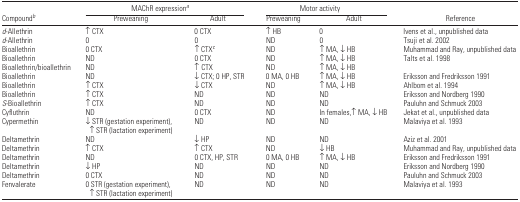
|  | <COLSPAN=2> MAChR expressiona | <COLSPAN=2> Motor activity |  |
 | Compoundb | Preweaning | Adult | Preweaning | Adult | Reference |
 | --- | --- | --- | --- | --- | --- |
 | d-Allethrin | ↑CTX | 0 CTX | ↑HB | 0 | Ivens et al., unpublished data |
 | d-Allethrin | 0 | 0 | ND | 0 | Tsuji et al. 2002 |
 | Bioallethrin | 0 CTX | ↑CTXc | ND | ↑MA, ↓HB | Muhammad and Ray, unpublished data |
 | Bioallethrin | ND | 0 CTX | ND | ↑MA, ↓HB | Talts et al. 1998 |
 | Bioallethrin/bioallethrin | ND | ↑ CTX | ND | ↑MA, ↓HB |  |
 | Bioallethrin | ND | ↓CTX; 0 HP, STR | 0 MA, 0 HB | ↑MA, ↓HB | Eriksson and Fredriksson 1991 |
 | Bioallethrin | ↑CTX | ↓CTX | ND | ↑MA, ↓HB | Ahlbom et al. 1994 |
 | Bioallethrin | ↑CTX | ND | ND | ND | Eriksson and Nordberg 1990 |
 | S-Bioallethrin | ↑CTX | ND | ND | ND | Pauluhn and Schmuck 2003 |
 | Cyfluthrin | ND | 0 CTX | ND | In females,↑MA, ↓HB | Jekat et al., unpublished data |
 | Cypermethin | ↓STR (gestation experiment), ↑STR (lactation experiment) | ND | ND | ND | Malaviya et al. 1993 |
 | Deltamethrin | ND | ↓HP | ND | ND | Aziz et al. 2001 |
 | Deltamethrin | ↑CTX | ↑CTX | ND | ↓HB | Muhammad and Ray, unpublished data |
 | Deltamethrin | ND | 0 CTX, HP, STR | 0 MA, 0 HB | ↑MA, ↓HB | Eriksson and Fredriksson 1991 |
 | Deltamethrin | ↓HP | ND | ND | ND | Eriksson and Nordberg 1990 |
 | Deltamethrin | 0 CTX | ND | ND | ND | Pauluhn and Schmuck 2003 |
 | Fenvalerate | 0 STR (gestation experiment), ↑STR (lactation experiment) | ND | ND | ND | Malaviya et al. 1993 |